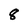
Character: 8